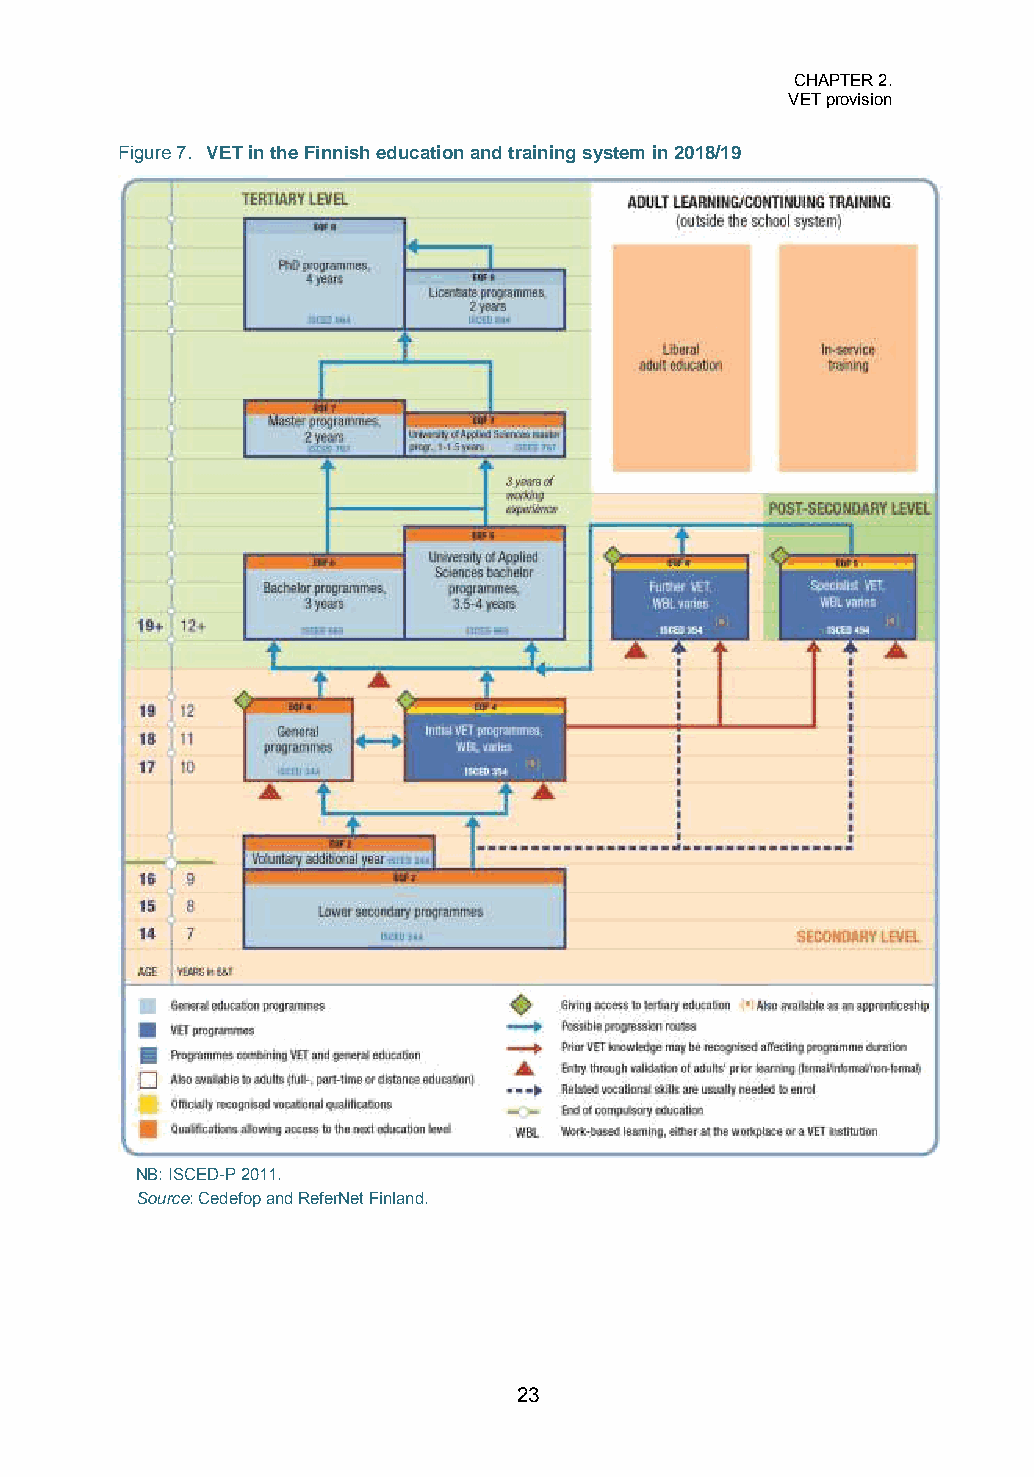
CHAPTER 2.
 VET provision
 Figure 7. VET in the Finnish education and training system in 2018/19
 NB: ISCED-P 2011.
 Source: Cedefop and ReferNet Finland.
 23